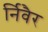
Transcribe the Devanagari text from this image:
र्निवैर